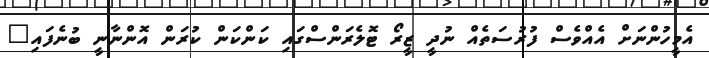
އެމީހުންނަށް އެއްވެސް ފުރުސަތެއް ނުދީ ޒީރޯ ޓޮލެރަންސްގައި ކަންކަން ކުރަން އޮންނާނީ ބުނެފައި"